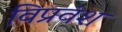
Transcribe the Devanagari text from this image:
विप्रवंश